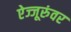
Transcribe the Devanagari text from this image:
ऐज्जूरुंवर